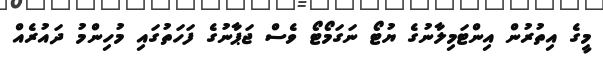
މީގެ އިތުރުން އިންޓަމިލާނުގެ ޔުޓޯ ނަގަމޯޓޯ ވެސް ޖަޕާނުގެ ފަހަތުގައި މުހިންމު ދައުރެއް